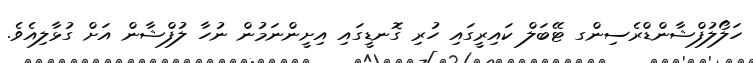
ހަލޯލުފްޝާންޑްރެސިންގ ޓޭބަލް ކައިރީގައި ހުރި ގޮނޑީގައި އިށީންނަމުން ނުހާ ލުފްޝާން އަށް ގުޅާލިއެވެ.